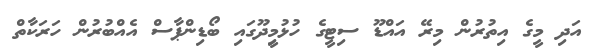
އަދި މީގެ އިތުރުން މިރޭ އައްޑޫ ސިޓީގެ ހުޅުމިީދޫގައި ބޯޑިންޕާސް އެއްބުރުން ހަރަކާތް